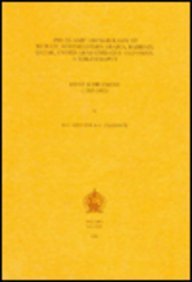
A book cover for Pre-Islamic Archaeology of Kuwait, Northeastern Arabia, Bahrain, Qatar, United Arab Emirates and Oman: a Bibliography. First Supplement (1985-1995).; E Haerinck; History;